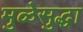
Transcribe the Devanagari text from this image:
मुळेसुद्धा